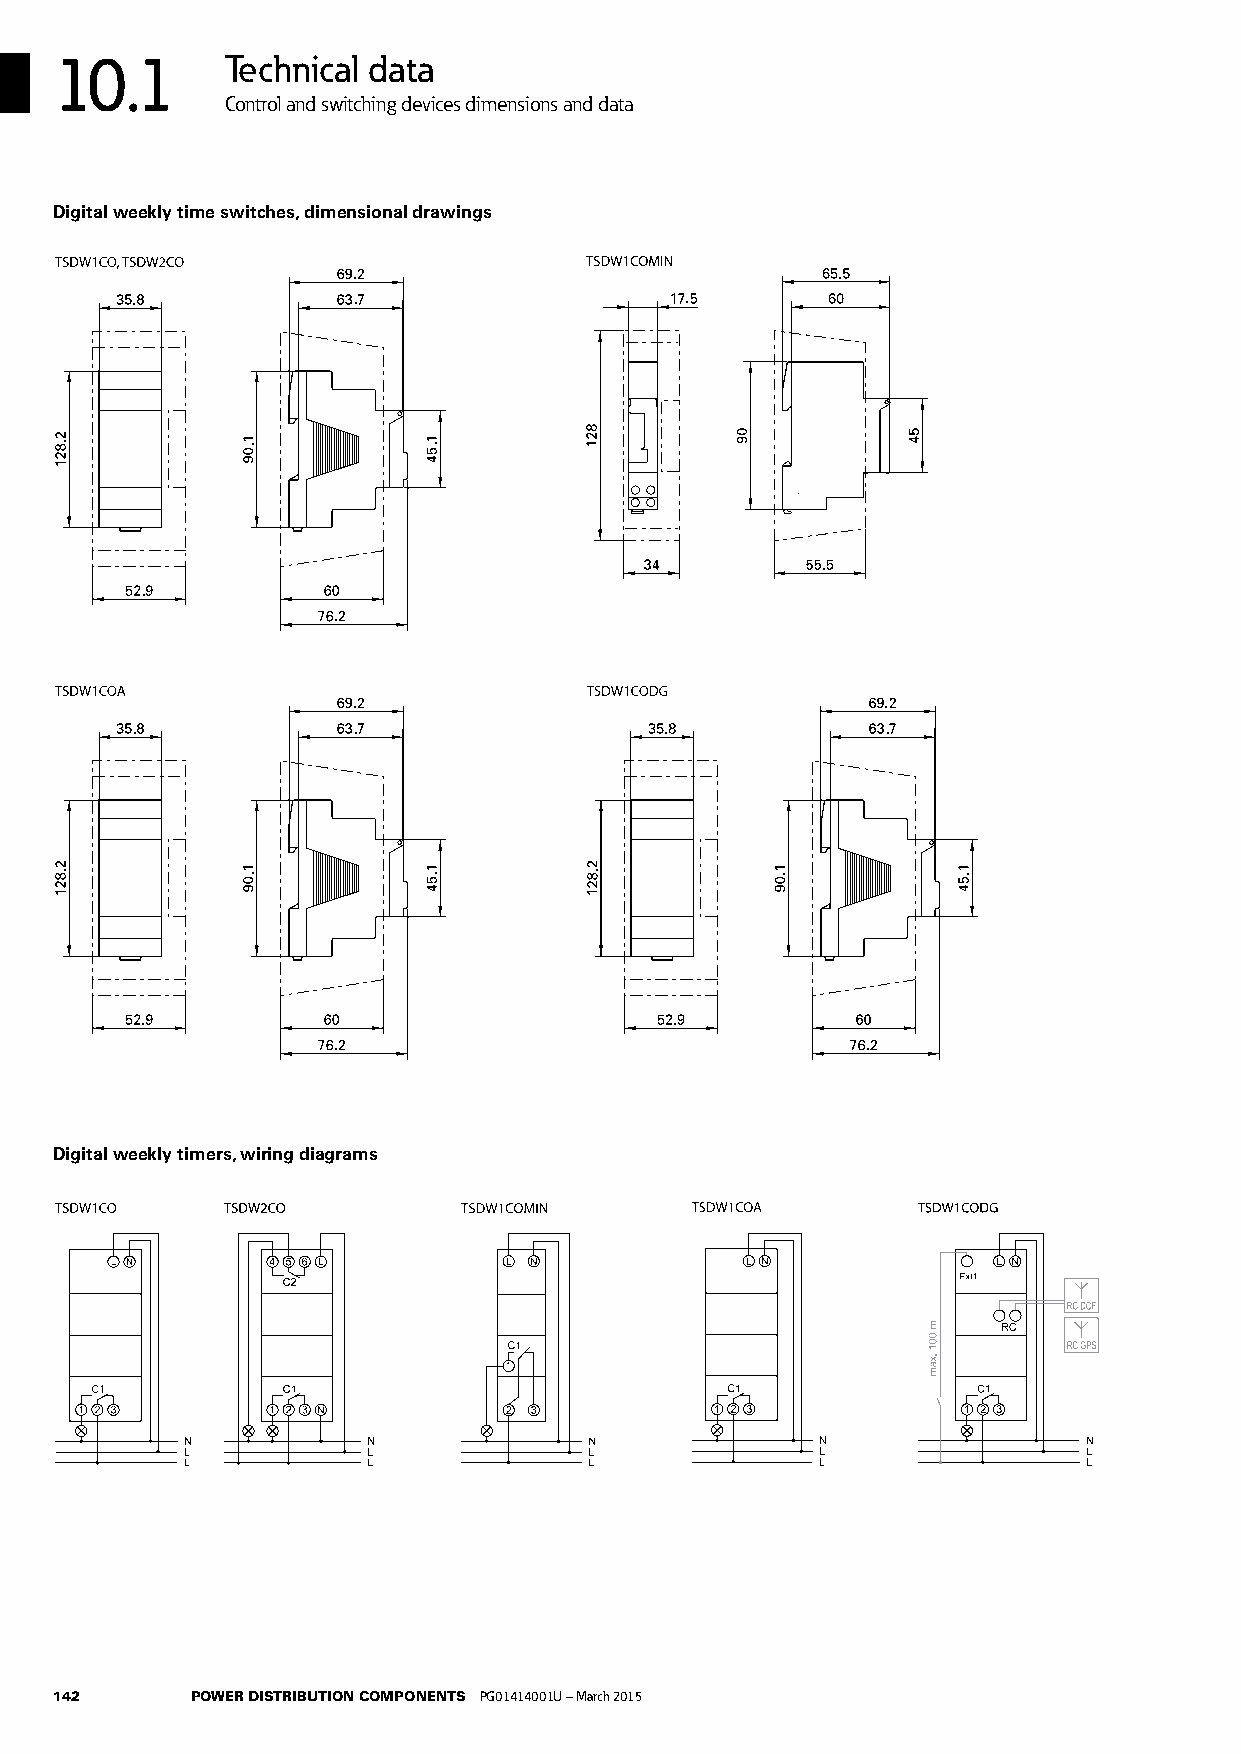
10.1       Technical data                Technical data            7
 Control and switching devices dimensions and data
 DDiiggiittaall wweeeekkllyy ttiimmee sswwiittcchheess,, ddiimmeennssiioonnaall ddrraaww iinnggss
 .                               .
 .             .                     .
 .            .           .
 7
 .
 .
 .
 .                                  .
 .             .                    .              .
 .            .           .         .            .           .
 .                                  .
 .                                  .
 DDiiggiittaall wweeeekkllyy ttiimmeerrss,, wwiirriinngg ddiiaaggrraammss
 142      POWER DISTRIBUTION COMPONENTS PG01414001U – March 2015 CA081003EN - January 2013 TECHNICAL DATA 15